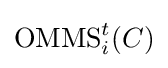
\operatorname {OMMS} _{i}^{t}(C)